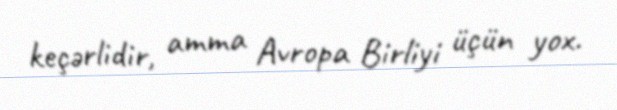
keçərlidir, amma Avropa Birliyi üçün yox.